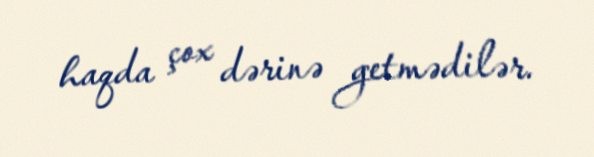
haqda çox dərinə getmədilər.